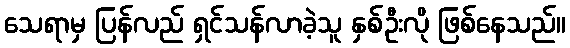
သေရာမှ ပြန်လည် ရှင်သန်လာခဲ့သူ နှစ်ဦးလို ဖြစ်နေသည်။